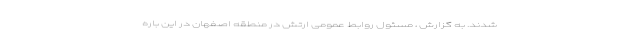
شدند. به گزارش ، مسئول روابط عمومی ارتش در منطقه اصفهان در این باره